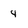
Character: 4